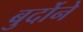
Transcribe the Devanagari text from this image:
बुर्दोने